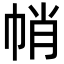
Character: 帩